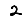
Digit: 2